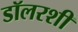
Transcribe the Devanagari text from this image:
डॉलरशी